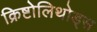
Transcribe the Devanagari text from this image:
क्रिष्टोलिथोड्स